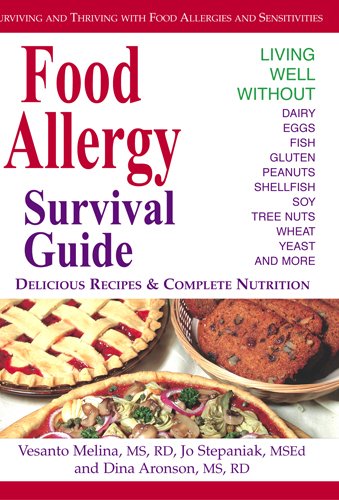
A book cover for Food Allergy Survival Guide: Surviving and Thriving with Food Allergies and Sensitivities; Vesanto Melina; Health, Fitness & Dieting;